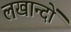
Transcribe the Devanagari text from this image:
लखान्दों